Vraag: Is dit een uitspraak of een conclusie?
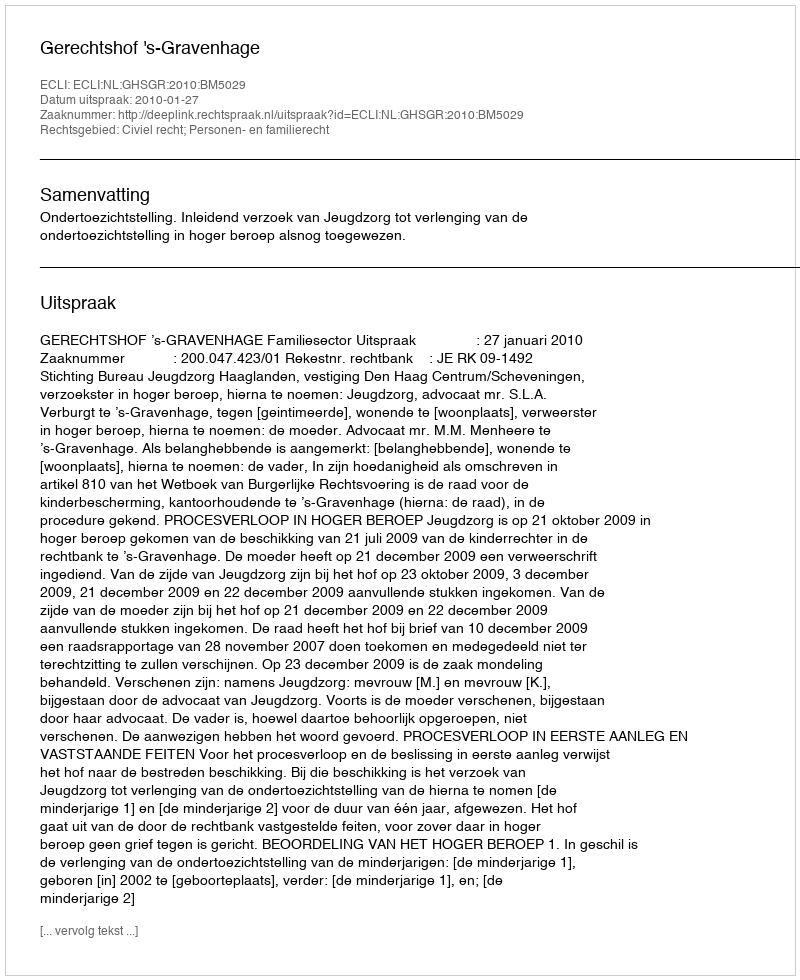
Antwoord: Uitspraak